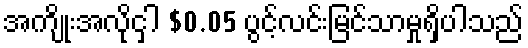
အကျိုးအလိုငှါ $0.05 ပွင့်လင်းမြင်သာမှုရှိပါသည်